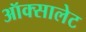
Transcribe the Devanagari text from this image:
ऑक्सालेट